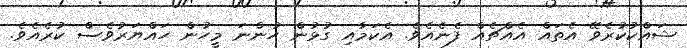
ޝައްކުކުރެވޭ އެތައް އެއްޗެއް ފެނެއެވެ. އެކަމާއި ގުޅުން ހުންނަ މީހުން ހައްޔަރުވެސް ކުރެއެވެ.